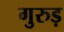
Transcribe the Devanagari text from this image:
गुरुड़